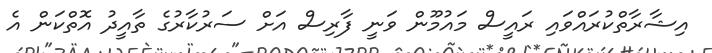
އިޝާރާތްކުރައްވައި ރައީސް މައުމޫން ވަނީ ފާރިސް އަށް ސަރުކާރުގެ ތާއީދު އޮތްކަން އެ